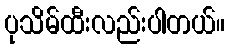
ပုသိမ်ထီးလည်းပါတယ်။